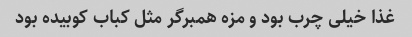
غذا خیلی چرب بود و مزه همبرگر مثل کباب کوبیده بود